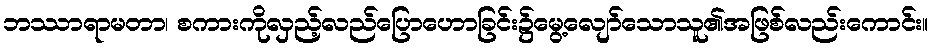
ဘဿာရာမတာ၊ စကားကိုလှည့်လည်ပြောဟောခြင်း၌မွေ့လျော်သောသူ၏အဖြစ်လည်းကောင်း။